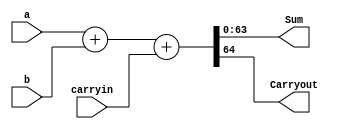
module RippleCarryAdder(a, b, carryin, Sum, Carryout);
	
	parameter N = 64; // Default parameter of module
	
	//Inputs and Outputs
	input [N-1:0]a, b; // operands
	input carryin;     // should be 1 if performing subtraction (2's complement)
	output [N-1:0]Sum;
	output Carryout;
	
	assign {Carryout, Sum} = a + b + carryin;


endmodule